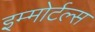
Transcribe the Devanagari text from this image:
इम्मोर्टल्स